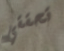
تحققي